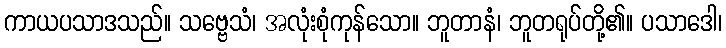
ကာယပသာဒသည်။ သဗ္ဗေသံ၊ အလုံးစုံကုန်သော။ ဘူတာနံ၊ ဘူတရုပ်တို့၏။ ပသာဒေါ၊